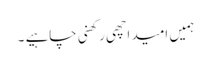
ہمیں امید اچھی رکھنی چاہیے ۔